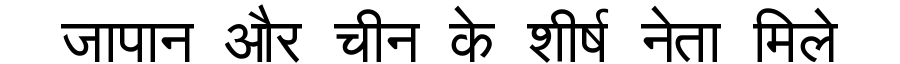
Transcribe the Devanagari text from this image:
जापान और चीन के शीर्ष नेता मिले